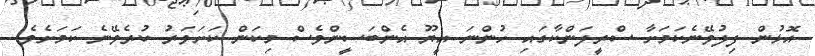
އޮޅުން ފިލުވޭނެކަމަށާ ސްރީލަންކާގައި ހުންނަ އީޔޫ އެންބަސީންވެސް މިކަން ކަށަވަރު ކުރެވޭނެ ކަމަށެވެ.